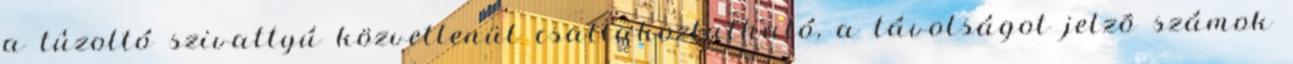
a tûzoltó szivattyú közvetlenül csatlakoztatható, a távolságot jelzõ számok